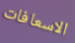
الاسعافات